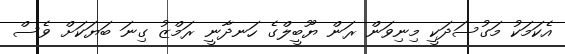
އެކަމަކު މަގުސަދަކީ މިނިވަން ރަން ޔޫބީލްގެ ހަނދާނީ ރަމްޒު ގިނަ ބަޔަކަށް ވެސް